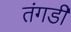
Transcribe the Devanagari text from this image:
तंगडी